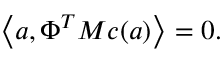
\left< \boldsymbol { a } , \Phi ^ { T } M \boldsymbol { c } ( \boldsymbol { a } ) \right> = 0 .